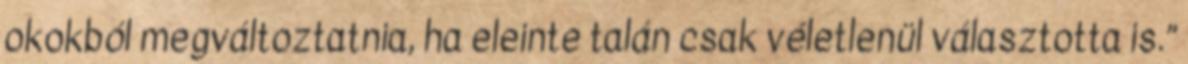
okokból megváltoztatnia, ha eleinte talán csak véletlenül választotta is.”